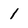
Character: 1